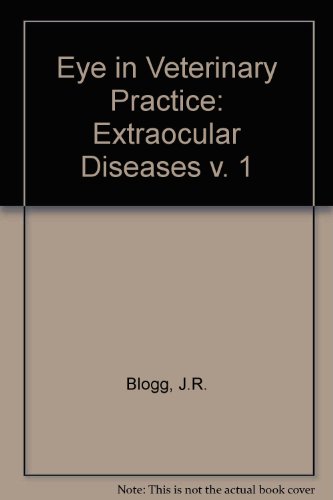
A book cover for The Eye in Veterinary Practice; J. Rowan. Blogg; Medical Books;